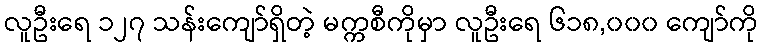
လူဦးရေ ၁၂၇ သန်းကျော်ရှိတဲ့ မက္ကစီကိုမှာ လူဦးရေ ၆၁၈,၀၀၀ ကျော်ကို